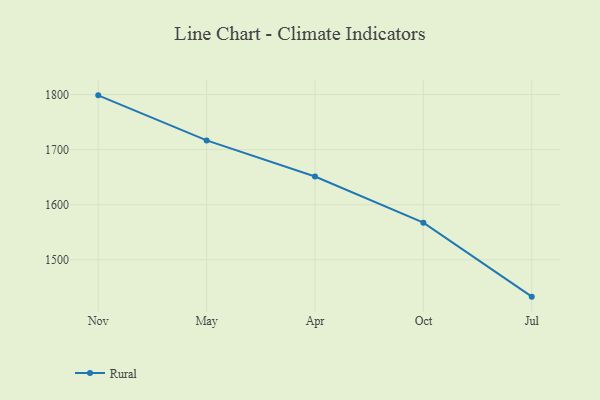
{"axis": {"x": "Month", "y": "Churn Rate (%)"}, "legend": ["Rural"], "data": [{"x": "Nov", "y": 1798.6, "type": "Rural"}, {"x": "May", "y": 1716.8, "type": "Rural"}, {"x": "Apr", "y": 1651.3, "type": "Rural"}, {"x": "Oct", "y": 1567.5, "type": "Rural"}, {"x": "Jul", "y": 1433.1, "type": "Rural"}]}